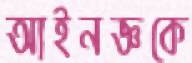
আইনজ্ঞকে